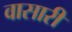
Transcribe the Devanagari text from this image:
वासारी